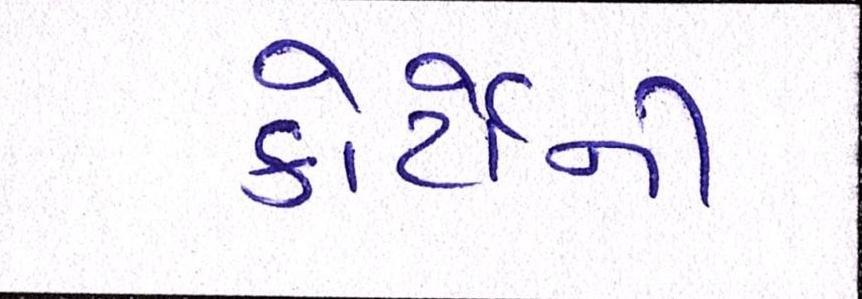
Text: કોર્ટોની